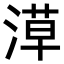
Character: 𣺞